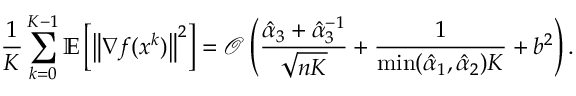
\frac { 1 } { K } \sum _ { k = 0 } ^ { K - 1 } \mathbb { E } \left[ \left\| \nabla f ( x ^ { k } ) \right\| ^ { 2 } \right] = \mathcal { O } \left( \frac { \hat { \alpha } _ { 3 } + \hat { \alpha } _ { 3 } ^ { - 1 } } { \sqrt { n K } } + \frac { 1 } { \operatorname* { m i n } ( \hat { \alpha } _ { 1 } , \hat { \alpha } _ { 2 } ) K } + { b ^ { 2 } } \right) .